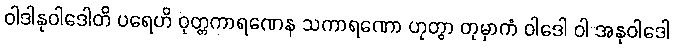
ဝါဒါနုဝါဒေါတိ ပရေဟိ ဝုတ္တကာရဏေန သကာရဏော ဟုတွာ တုမှာကံ ဝါဒေါ ဝါ အနုဝါဒေါ